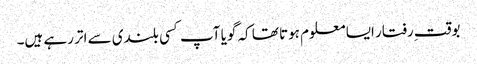
بوقت ِرفتار ایسا معلوم ہوتا تھا کہ گویا آپ کسی بلندی سے اتر رہے ہیں۔